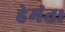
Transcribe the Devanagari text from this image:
हेमंत।